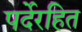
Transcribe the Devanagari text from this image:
पर्देरहित